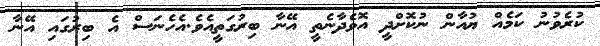
ކުރެވުނު ކަމެއް ޔުއާން ނުކޮށްދީ އޮވެދާނެތީ އޭނާ ބިރުގަތީއެވެ.އެހެނަސް އެ ބިރުގައި އޭނާ